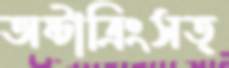
অষ্টাত্রিংসত্